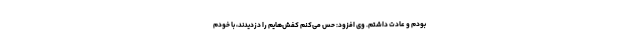
بودم و عادت داشتم. وی افزود: حس می‌کنم کفش‌هایم را دزدیدند، با خودم